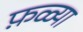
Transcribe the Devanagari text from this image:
फ़ळ्या